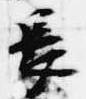
長